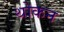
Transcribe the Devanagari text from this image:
थोकन